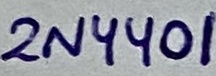
Text: 2N4401